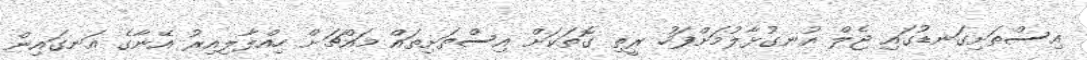
އިސްތަށިގަނޑުގައި ޖެލް އުނގުޅާލުމަށްފަހު ރީތި ގޮތަކަށް އިސްތަށިތައް މައްޗަށް ހިއްލާލިއިރު އޭނާގެ އަނގައިން